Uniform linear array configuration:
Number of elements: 12
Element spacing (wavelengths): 0.75
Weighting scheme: kaiser
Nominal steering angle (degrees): -60
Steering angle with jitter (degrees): -58.637
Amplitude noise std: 0.05
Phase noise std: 0.05

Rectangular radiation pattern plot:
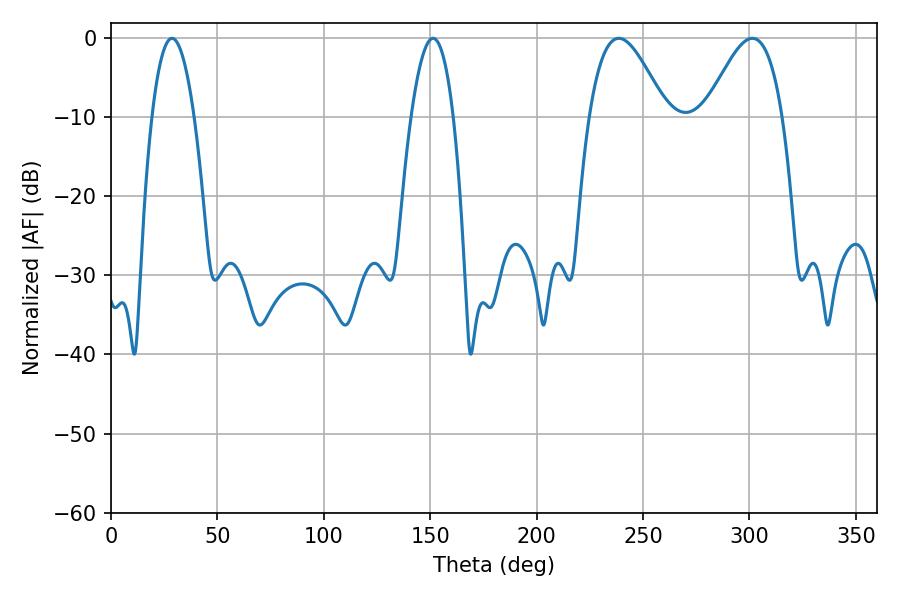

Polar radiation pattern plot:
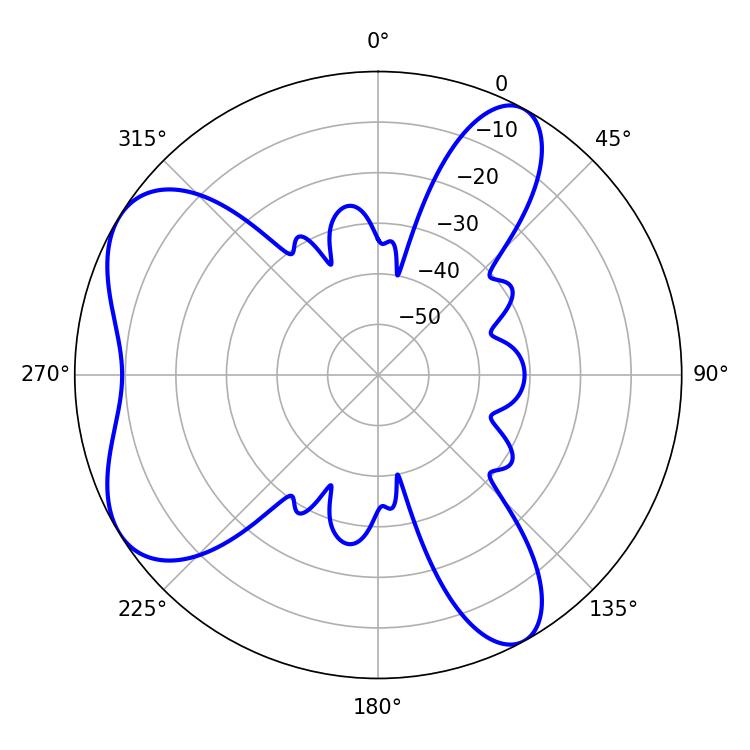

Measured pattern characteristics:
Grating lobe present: TRUE
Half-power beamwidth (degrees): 19.44
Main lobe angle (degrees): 238.68